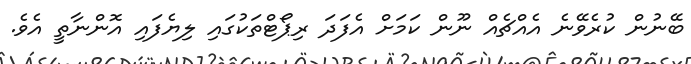
ބޭނުން ކުރެވޭނެ އެއްޗެއް ނޫން ކަމަށް އެފަދަ ރިޕޯޓްތަކުގައި ލިޔެފައި އޮންނާތީ އެވެ.